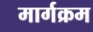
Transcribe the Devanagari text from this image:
मार्गक्रम